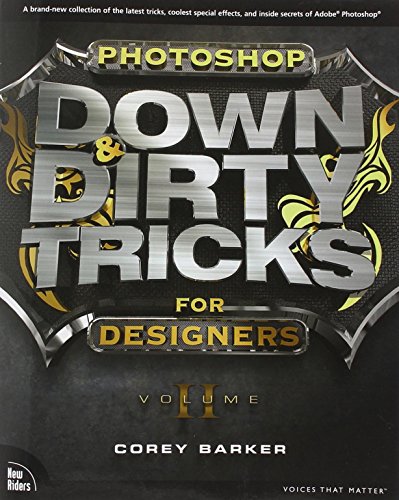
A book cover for Photoshop Down & Dirty Tricks for Designers, Volume 2; Corey Barker; Computers & Technology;